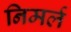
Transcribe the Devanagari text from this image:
निमर्ल